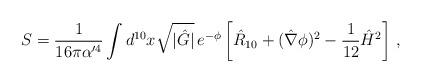
LaTeX: \begin{align*}S = {1\over 16\pi\alpha^{\prime4}}\int d^{10}x \sqrt{|\hat{G}|} \, e^{-\phi} \left[ \hat{R}_{10} +(\hat\nabla\phi)^2 - {1\over12} \hat{H}^2 \right] \,,\end{align*}